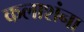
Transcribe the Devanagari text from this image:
कलाशंना